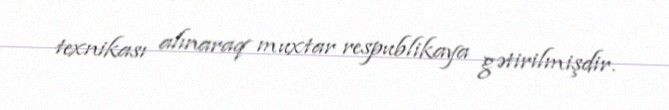
texnikası alınaraq muxtar respublikaya gətirilmişdir.